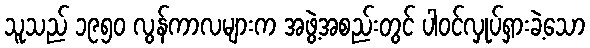
သူသည် ၁၉၅၀ လွန်ကာလများက အဖွဲ့အစည်းတွင် ပါဝင်လှုပ်ရှားခဲ့သော